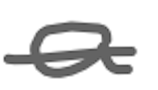
Text: a
Cross-out: single-line
Writing tool: digital_gray